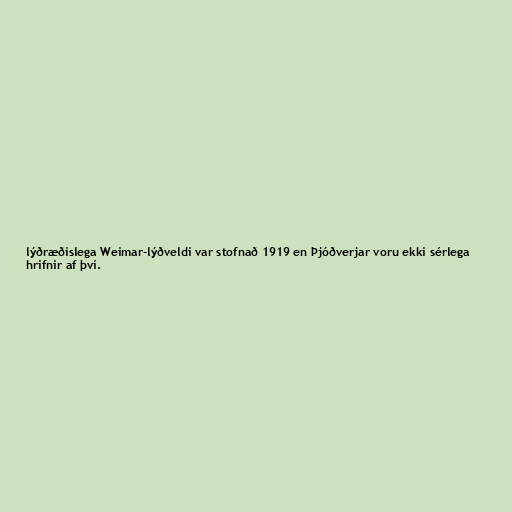
lýðræðislega Weimar-lýðveldi var stofnað 1919 en Þjóðverjar voru ekki sérlega
hrifnir af því.